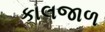
કાલજાળ